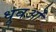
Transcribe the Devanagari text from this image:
ध्रुवओं